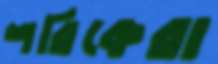
শরিকেরা